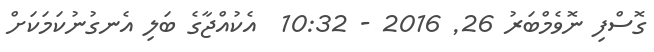
ގޮސްފި ނޮވެމްބަރު 26